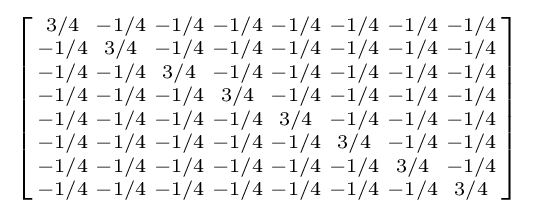
\left[{\begin{smallmatrix}3/4&-1/4&-1/4&-1/4&-1/4&-1/4&-1/4&-1/4\\-1/4&3/4&-1/4&-1/4&-1/4&-1/4&-1/4&-1/4\\-1/4&-1/4&3/4&-1/4&-1/4&-1/4&-1/4&-1/4\\-1/4&-1/4&-1/4&3/4&-1/4&-1/4&-1/4&-1/4\\-1/4&-1/4&-1/4&-1/4&3/4&-1/4&-1/4&-1/4\\-1/4&-1/4&-1/4&-1/4&-1/4&3/4&-1/4&-1/4\\-1/4&-1/4&-1/4&-1/4&-1/4&-1/4&3/4&-1/4\\-1/4&-1/4&-1/4&-1/4&-1/4&-1/4&-1/4&3/4\end{smallmatrix}}\right]